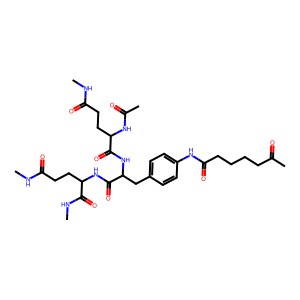
SMILES: CNC(=O)CCC(NC(C)=O)C(=O)NC(Cc1ccc(NC(=O)CCCCC(C)=O)cc1)C(=O)NC(CCC(=O)NC)C(=O)NC
Inhibits HIV replication: No